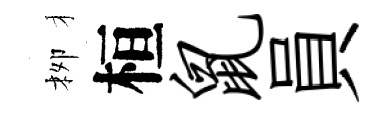
栁桓鼠員